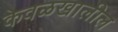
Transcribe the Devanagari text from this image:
केवळखालील